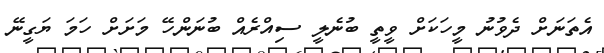
އެތަނަށް ދެވުނު މީހަކަށް ވީތީ ބުނެލީ ސިއްރެއް ބުނަންހޭ މަށަށް ހަމަ ޔަގީނޭ